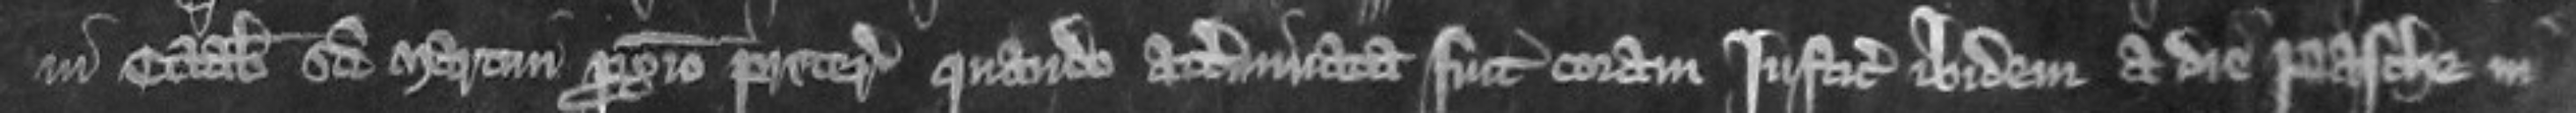
in octabis Sancti Martini proximo preteritis quando atterminata fuit coram justiciariis ibidem a die Pasche in